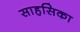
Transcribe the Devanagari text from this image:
साहसिका